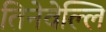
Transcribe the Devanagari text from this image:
तिनेवेल्लि